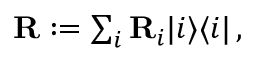
\begin{array} { r } { { \bf R } : = \sum _ { i } { \bf R } _ { i } \vert i \rangle \langle i \vert \, , } \end{array}